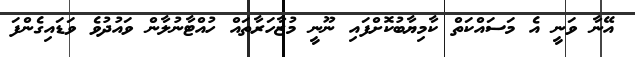
އޭނާ ވަނީ އެ މަސައްކަތް ކާމިޔާބުކޮށްފައި ނޫނީ މުޒާހަރާތައް ހުއްޓާނުލާން ވައުދުވެ ވަޑައިގެންފަ